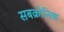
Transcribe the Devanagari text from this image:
सबक्रोनिक